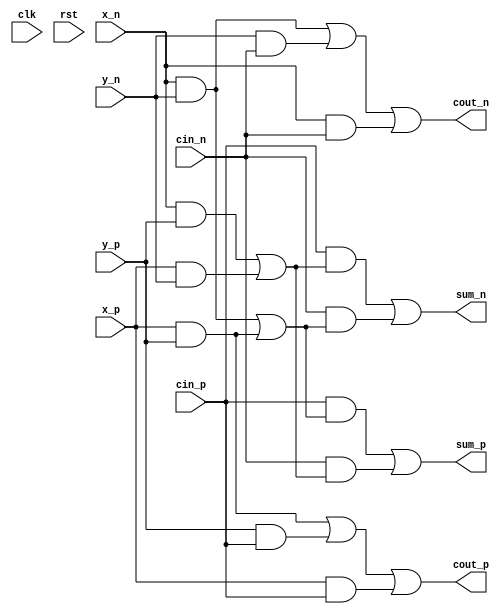
// Generated automatically via PyRTL
// As one initial test of synthesis, map to FPGA with:
//   yosys -p "synth_xilinx -top toplevel" thisfile.v

module toplevel(clk, rst, cin_n, cin_p, x_n, x_p, y_n, y_p, cout_n, cout_p, sum_n, sum_p);
    input clk;
    input rst;
    input cin_n;
    input cin_p;
    input x_n;
    input x_p;
    input y_n;
    input y_p;
    output cout_n;
    output cout_p;
    output sum_n;
    output sum_p;

    wire tmp34;
    wire tmp36;
    wire tmp39;
    wire tmp41;
    wire tmp42;
    wire tmp43;
    wire tmp44;
    wire tmp45;
    wire tmp46;
    wire tmp47;
    wire tmp48;
    wire tmp50;
    wire tmp51;
    wire tmp52;
    wire tmp53;
    wire tmp56;
    wire tmp57;
    wire tmp59;
    wire tmp60;
    wire tmp61;

    // Combinational
    assign cout_n = tmp39;
    assign cout_p = tmp42;
    assign sum_n = tmp50;
    assign sum_p = tmp48;
    assign tmp34 = x_n & y_n;
    assign tmp36 = x_n & cin_n;
    assign tmp39 = tmp43 | tmp36;
    assign tmp41 = x_p & y_p;
    assign tmp42 = tmp53 | tmp61;
    assign tmp43 = tmp34 | tmp56;
    assign tmp44 = cin_p & tmp47;
    assign tmp45 = tmp34 | tmp41;
    assign tmp46 = cin_n & tmp47;
    assign tmp47 = tmp60 | tmp57;
    assign tmp48 = tmp51 | tmp46;
    assign tmp50 = tmp44 | tmp52;
    assign tmp51 = cin_p & tmp45;
    assign tmp52 = cin_n & tmp45;
    assign tmp53 = tmp41 | tmp59;
    assign tmp56 = y_n & cin_n;
    assign tmp57 = x_p & y_n;
    assign tmp59 = y_p & cin_p;
    assign tmp60 = x_n & y_p;
    assign tmp61 = x_p & cin_p;

endmodule